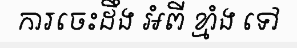
ការចេះដឹង អំពី ខ្មាំង ទៅ